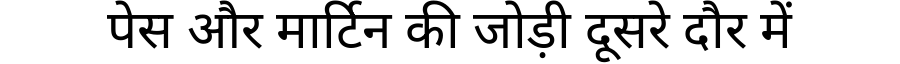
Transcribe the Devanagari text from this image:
पेस और मार्टिन की जोड़ी दूसरे दौर में